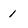
Character: 1